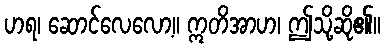
ဟရ၊ ဆောင်လေလော့။ ဣတိအာဟ၊ ဤသို့ဆို၏။